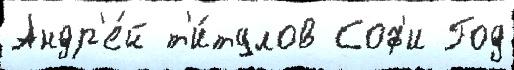
Андр'е́й т'и́тулов Соф'и Год